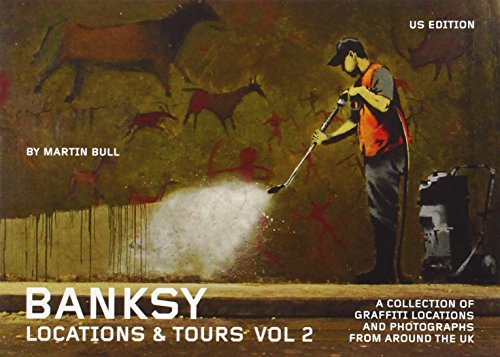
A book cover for Banksy Locations & Tours Volume 2: A Collection of Graffiti Locations and Photographs from Around the UK; Arts & Photography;